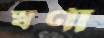
স্বর্ণা